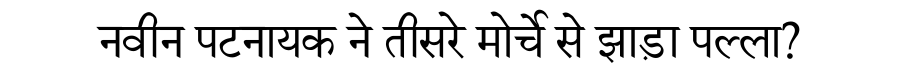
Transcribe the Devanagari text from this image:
नवीन पटनायक ने तीसरे मोर्चे से झाड़ा पल्ला?